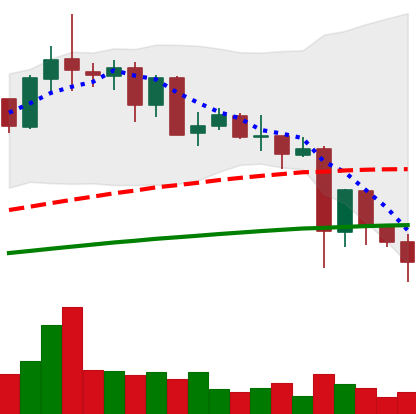
Ticker: NEO-USD
Chart end date: 2021-05-23
Forward return: 25.222%
Label: up_7plus